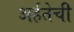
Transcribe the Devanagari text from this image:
अर्हतेची